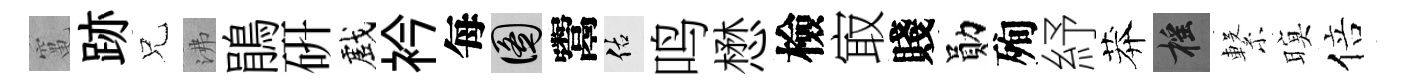
𥧄跡兄沸鵑硏戲衿每圖鬻佑鸣懋檢㝡賤勛殉紓莽摇繋暝倍